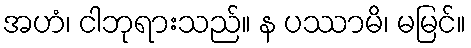
အဟံ၊ ငါဘုရားသည်။ န ပဿာမိ၊ မမြင်။